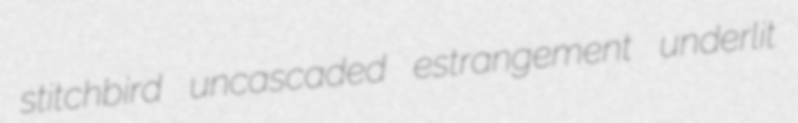
stitchbird uncascaded estrangement underlit